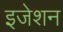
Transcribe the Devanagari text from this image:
इजेशन